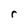
Character: r